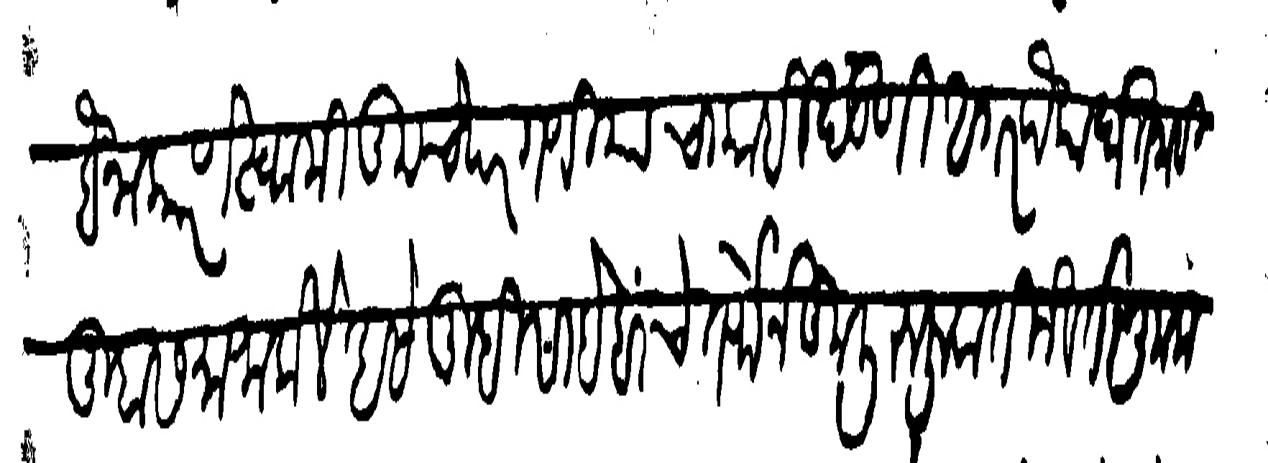
Transliteration (Devanagari):  सबैना कारण स्वामी तुमचे परगणियाचा काही खंडणी अगर पैका घेत नाही तुम्हास माफ केले असे तुम्ही साहेबांचे तर्फेने कुली रुजुवातीने वर्तणूक करून